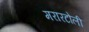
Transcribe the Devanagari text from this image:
मरारटोली